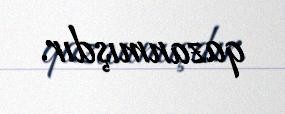
qazanmışdır.